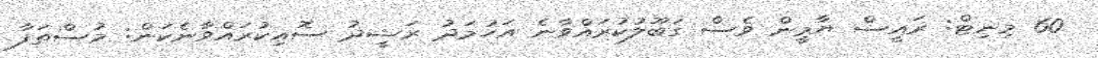
60 މިނިޓް: ރައީސް ޔާމީން ވެސް ގަބޫލުކުރައްވާނެ އަހުމަދު ރަޝީދު ސޮއިކުރައްވާނެކަން: މުސްތަފާ